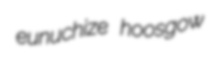
eunuchize hoosgow